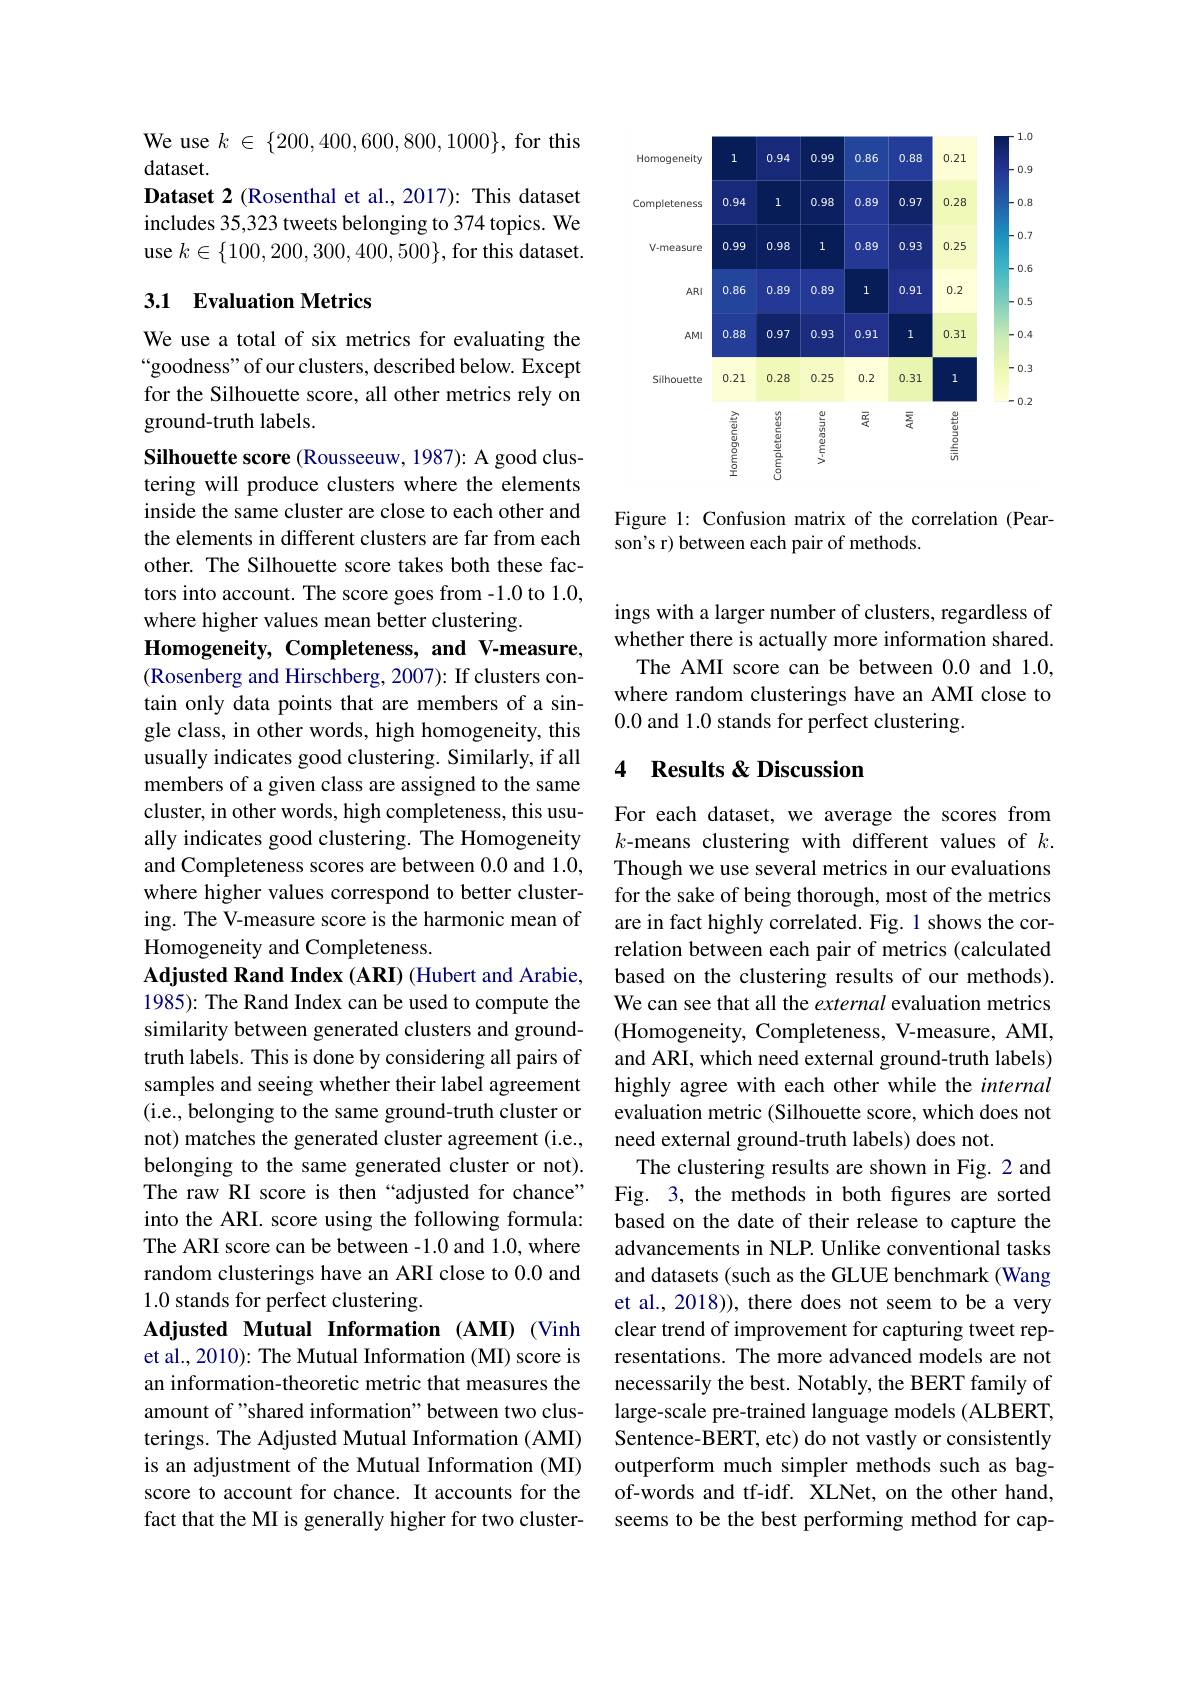
We use $k\in\{200,400,600,800,1000\}$, for this
$dataset.$
Dataset 2 (Rosenthal et al., 2017): This dataset includes 35,323 tweets belonging to 374 topics. We use $k\in\{100,200,300,400,500\}$, for this dataset.

### 3.1 Evaluation Metrics

We use a total of six metrics for evaluating the “goodness" of our clusters, described below. Except for the Silhouette score, all other metrics rely on ground-truth labels.
Silhouette score (Rousseeuw, 1987): A good clustering will produce clusters where the elements inside the same cluster are close to each other and the elements in different clusters are far from each other. The Silhouette score takes both these factors into account. The score goes from -1.0 to 1.0, where higher values mean better clustering.
$\textbf{Homogeneity, Completeness, and V- measure, }$ (Rosenberg and Hirschberg, 2007): If clusters contain only data points that are members of a single class, in other words, high homogeneity, this usually indicates good clustering. Similarly, if all members of a given class are assigned to the same cluster, in other words, high completeness, this usually indicates good clustering. The Homogeneity and Completeness scores are between 0.0 and 1.0, where higher values correspond to better clustering. The V-measure score is the harmonic mean of Homogeneity and Completeness.
Adjusted Rand Index (ARI) (Hubert and Arabie, 1985): The Rand Index can be used to compute the similarity between generated clusters and groundtruth labels. This is done by considering all pairs of samples and seeing whether their label agreement (i.e., belonging to the same ground-truth cluster or not) matches the generated cluster agreement (i.e., belonging to the same generated cluster or not). The raw RI score is then “adjusted for chance” into the ARI. score using the following formula: The ARI score can be between -1.0 and 1.0, where random clusterings have an ARI close to 0.0 and 1.0 stands for perfect clustering.
Adjusted Mutual Information (AMI) (Vinh et al., 2010): The Mutual Information (MI) score is an information-theoretic metric that measures the amount of "shared information" between two clusterings. The Adjusted Mutual Information (AMI) is an adjustment of the Mutual Information (MI) score to account for chance. It accounts for the fact that the MI is generally higher for two cluster-

<FigureHere>

Figure 1: Confusion matrix of the correlation (Pear-
son's r) between each pair of methods.

ings with a larger number of clusters, regardless of whether there is actually more information shared. The AMI score can be between 0.0 and 1.0,
where random clusterings have an AMI close to
0.0 and 1.0 stands for perfect clustering.

### 4 Results &Discussion

For each dataset, we average the scores from $k$-means clustering with different values of $k.$ Though we use several metrics in our evaluations for the sake of being thorough, most of the metrics are in fact highly correlated. Fig. 1 shows the correlation between each pair of metrics (calculated based on the clustering results of our methods). We can see that all the external evaluation metrics (Homogeneity, Completeness, V-measure, AMI, and ARI, which need external ground-truth labels) highly agree with each other while the internal evaluation metric (Silhouette score, which does not need external ground-truth labels) does not.
The clustering results are shown in Fig. 2 and Fig. 3,the methods in both figures are sorted based on the date of their release to capture the advancements in NLP. Unlike conventional tasks and datasets (such as the GLUE benchmark (Wang et al., 2018)), there does not seem to be a very clear trend of improvement for capturing tweet representations. The more advanced models are not necessarily the best. Notably, the BERT family of large-scale pre-trained language models (ALBERT, Sentence-BERT, etc) do not vastly or consistently outperform much simpler methods such as bagof-words and tf-idf. XLNet, on the other hand, seems to be the best performing method for cap-